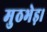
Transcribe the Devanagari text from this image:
मुठभेड़।